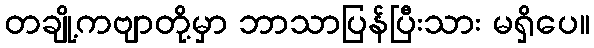
တချို့ကဗျာတို့မှာ ဘာသာပြန်ပြီးသား မရှိပေ။